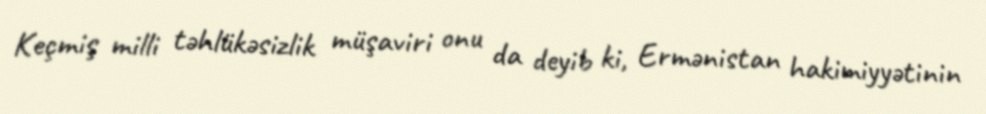
Keçmiş milli təhlükəsizlik müşaviri onu da deyib ki, Ermənistan hakimiyyətinin